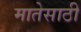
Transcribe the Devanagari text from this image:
मातेसाठी